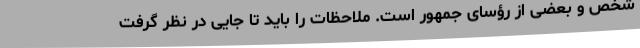
شخص و بعضی از رؤسای جمهور است. ملاحظات را باید تا جایی در نظر گرفت